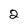
Character: 2